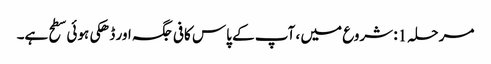
مرحلہ 1: شروع میں ، آپ کے پاس کافی جگہ اور ڈھکی ہوئی سطح ہے۔